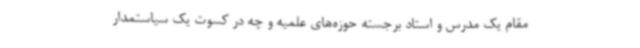
مقام یک مدرس و استاد برجسته حوزه‌های علمیه و چه در کسوت یک سیاستمدار